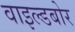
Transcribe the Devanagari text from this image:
वाइल्डबोर